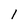
Character: 1